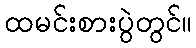
ထမင်းစားပွဲတွင်။